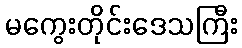
မကွေးတိုင်းဒေသကြီး